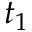
t _ { 1 }